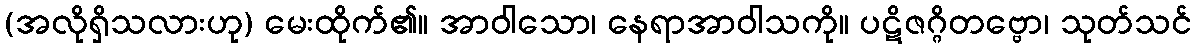
(အလိုရှိသလားဟု) မေးထိုက်၏။ အာဝါသော၊ နေရာအာဝါသကို။ ပဋိဇဂ္ဂိတဗ္ဗော၊ သုတ်သင်